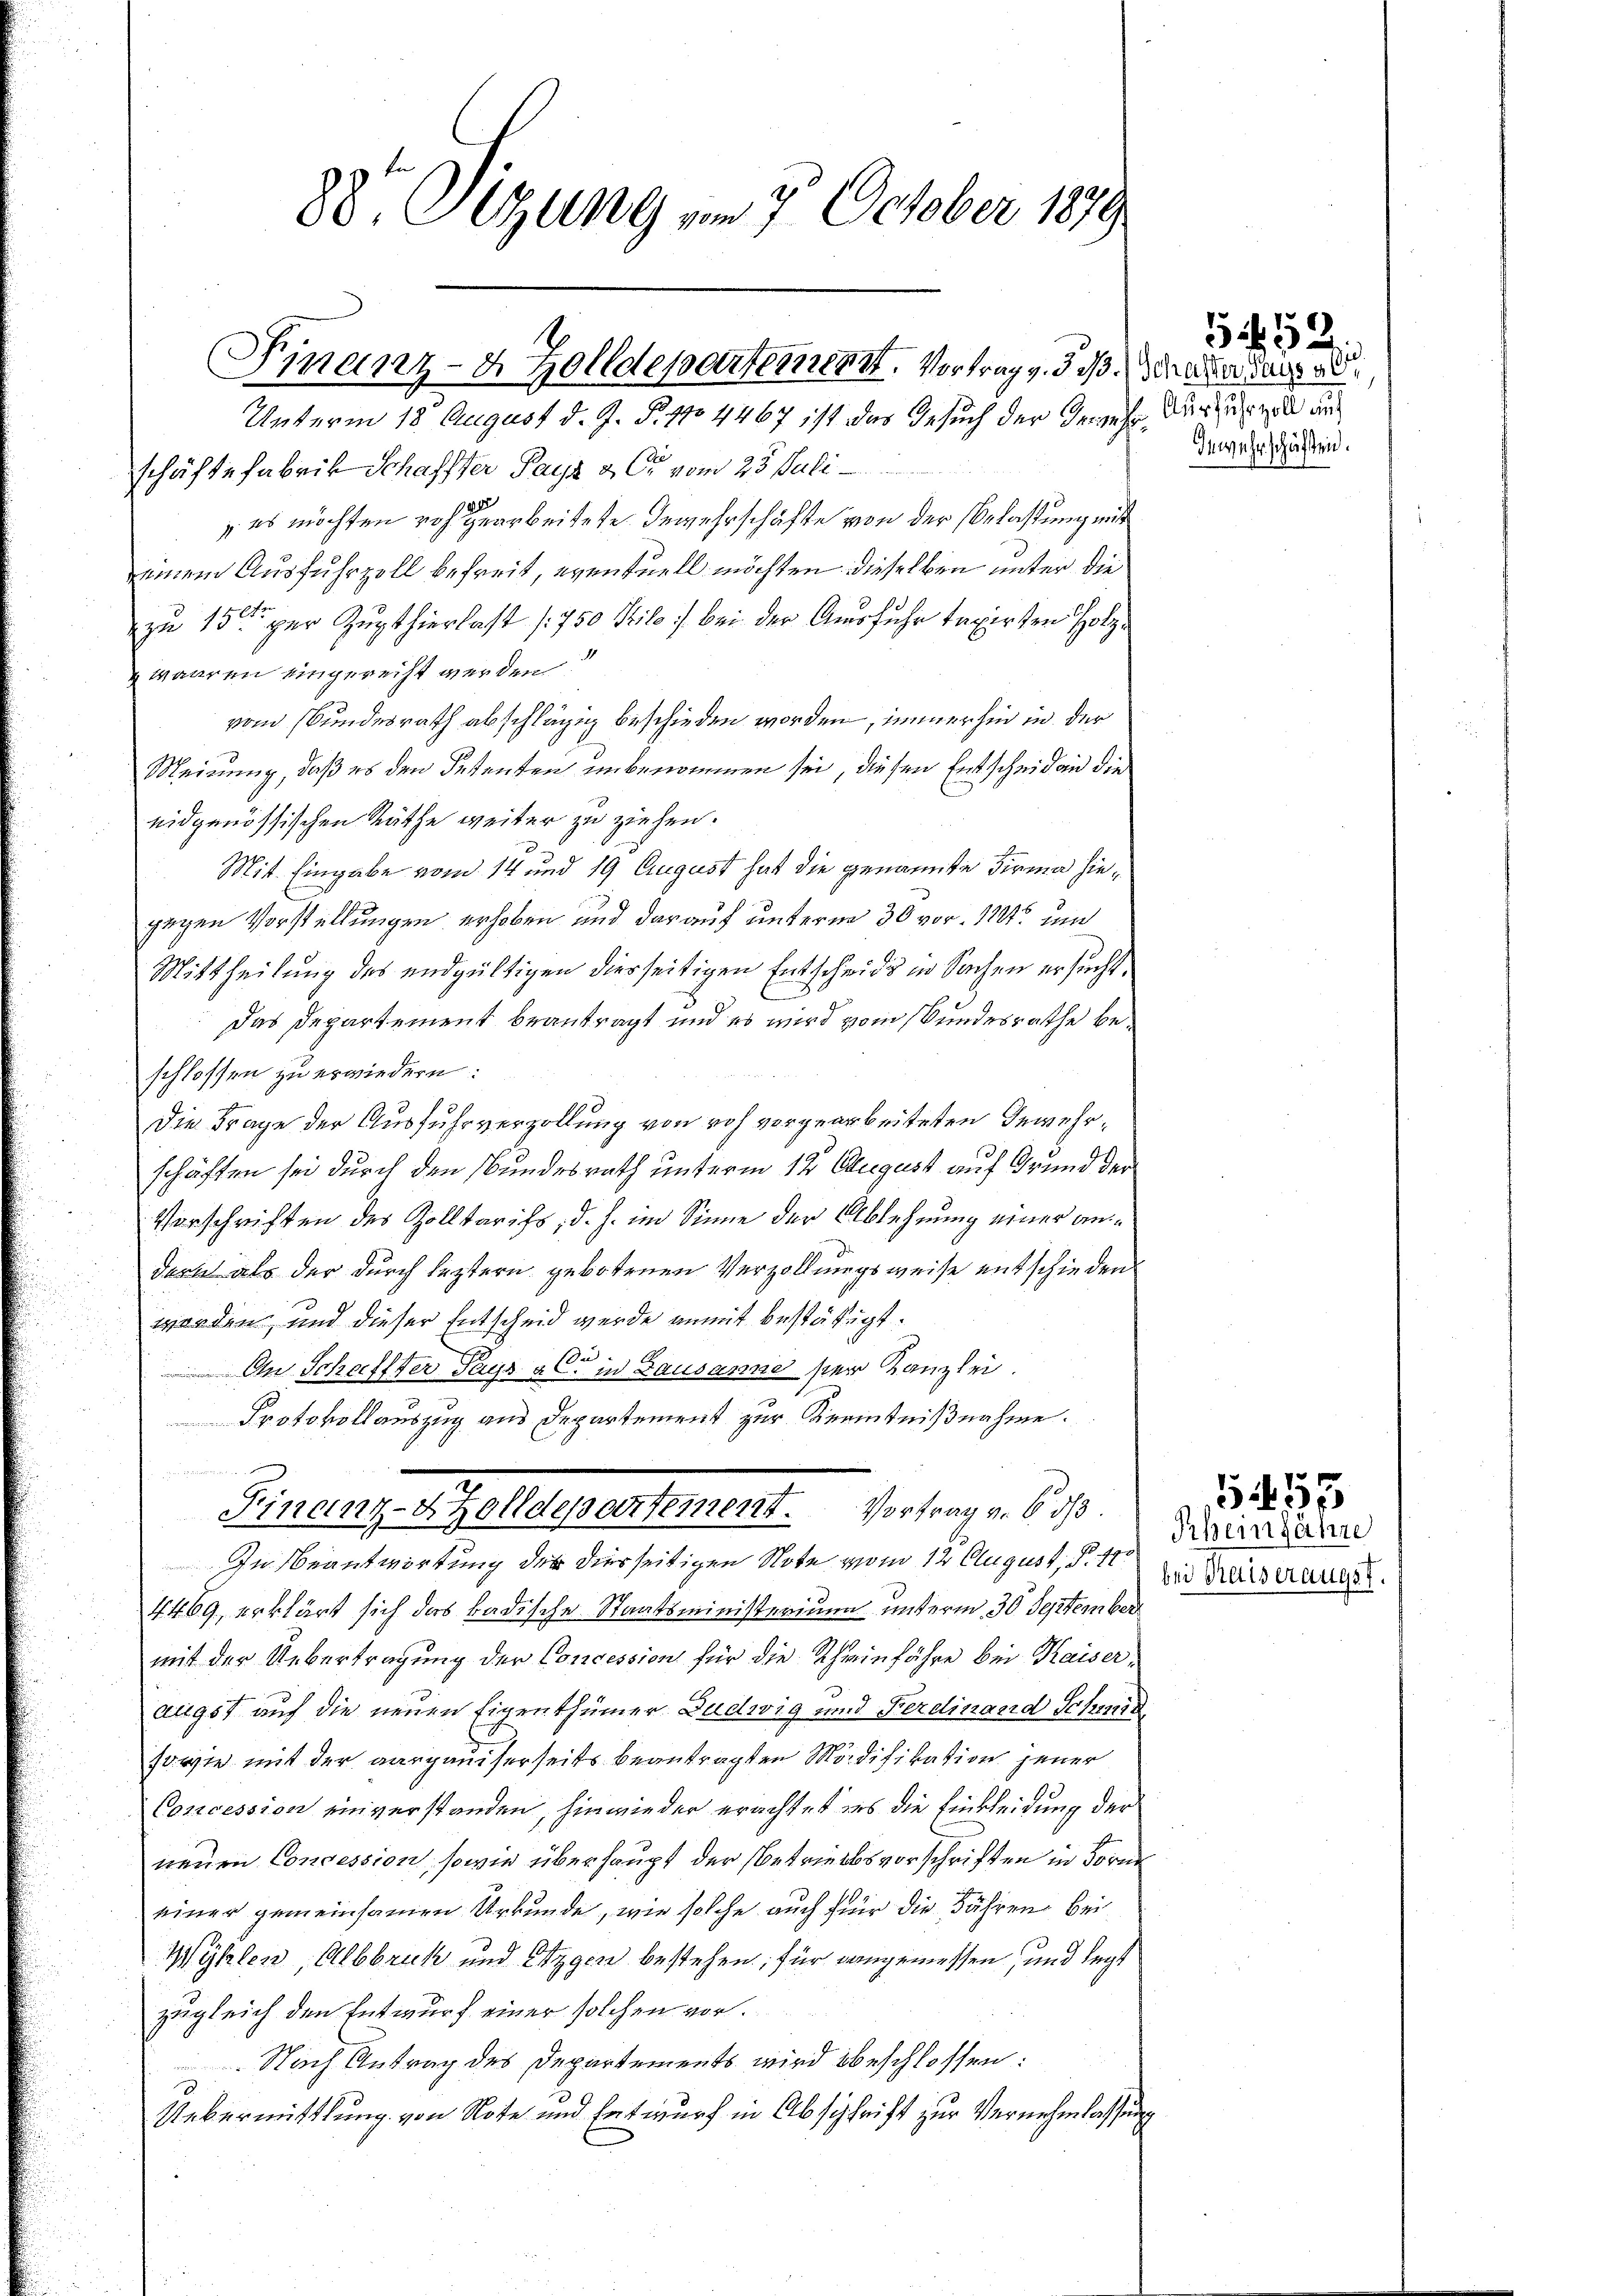
Finanz-4 Zolldepartement. Vortrag v. 5. d.

88. zung vom 7. October 1879

Unterm 18. August d. J. P. 970 4467 ist das Gesuch der Gewehr dies und der
schäfte fabrik Schaffter Pays u. Er vom 25. Juli
.
 es möchten roh gearbeitete. Gewehrschäfte von der Belastung mit
einem Ausfuhrzoll befreit, eventuell möchten dieselben unter die
zu 15ten per Zugthierlast (750 Kilo bei der Ausfuhr taxirten Holzwaaren eingereiht werden.
vom Bundesrath abschlägig beschieden worden, immerhin in der
Meinung, daß es den Petenten unbenommen sei, diesen Entscheid an die
eidgenössischen Räthe weiter zu ziehen.
Mit Eingabe vom 14 und 19 August hat die genannte Firma hiegegen Vorstellungen erhoben und darauf unterm 30 vor. 11. und
Mittheilung des endgültigen diesseitigen Entscheids in Sachen ersucht.
Das Departement beantragt und es wird vom Bundesrathe beschlossen zu erwiedern:
Die Frage der Ausfuhrverzollung von roh vorgearbeiteten Gewehrschäften sei durch den Bundesrath unterm 12. August auf Grund der
Vorschriften des Zolltarifs, d. h. im Sinne der Ablehnung einer andern als der durch leztern gebotenen Verzollungsweise entschieden
worden und dieser Entscheid werde anmit bestätigt.
 An Schaffter Pays als in Bausanne ser Kanzlei.
Protokollauszug aus Departement zur Kenntnißnahme.
 an die
Finanz-Zolldepartement. Vortrag v. 6. ds.
In Beantwortung der diesseitigen Note vom 12 August, § 11
4469, erklärt sich das badische Staatsministerium unterm 30 September
mit der Uebertragung der Concession für die Scheinfahre bei Kaiser-
augst auf die neuen Eigenthümer Ludwig und Ferdinand Schmid
sowie mit der aargauiserseits beantragten Modifikation jener
Concession einverstanden, hinwieder erachtet es die Einkleidung der
neuen Concession, sowie überhaupt der Betriebsvorschriften in Forme
einer gemeinsamen Urkunde, wie solche auch für die Fähren bei
Wyhlen, Albbruck und Eigen bestehen; für angemessen, und legt
zugleich den Entwurf einer solchen vor.
Nach Antrag des Departements wird beschlossen:
Uebermittlung von Note und Entwurf in Abschrift zur Vernehmlassung

52
Schafter, Pays 96
Inwehrschäften.

Rheinfahre
bei Kaiseraugst.

5453